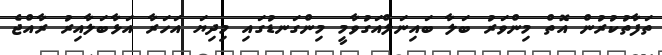
ތަފާތުކުރުން އޮތް މިންވަރު ބަލާ ބައިނަލްއަގުވާމީ މިންގަނޑުގައި މިދިޔަ އަހަރާ އަޅާބަލާއިރު ރާއްޖެ